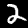
Label: 2